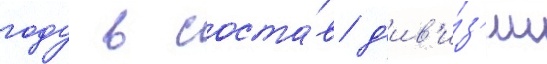
году в соста́в д'ив'и́з'ии